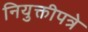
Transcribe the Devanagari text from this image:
नियुक्तीपत्रे